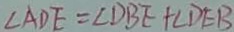
\angle A D E = \angle D B E + \angle D E B